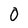
Character: 0